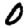
Digit: 0